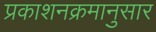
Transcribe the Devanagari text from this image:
प्रकाशनक्रमानुसार